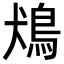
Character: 𩿛